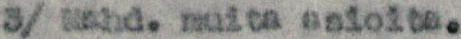
3/ Mahd. muita asioita.